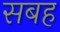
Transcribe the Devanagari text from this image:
सबह